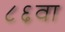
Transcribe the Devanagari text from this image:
८६वा